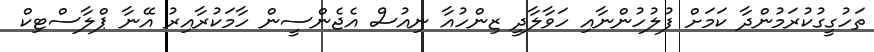
ތަހުގީގުކުރަމުންދާ ކަމަށް ފުލުހުންނާއި ހަވާލާދީ ޒިންހުއާ ނިއުސް އެޖެންސީން ހާމަކުރާއިރު އޭނާ ޕްލާސްޓިކް